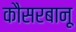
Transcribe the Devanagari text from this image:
कौसरबानू